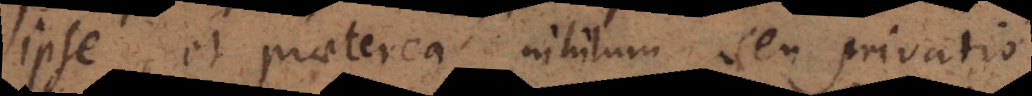
ipse, et praeterea nihilum seu privatio,